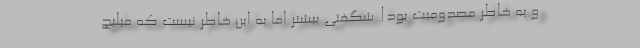
و به خاطر مصدومیت بود‌! شگفتی بیشتر اما به این خاطر نیست که میلیچ